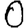
Digit: 0